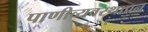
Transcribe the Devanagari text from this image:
पाणीव्यवस्थापन